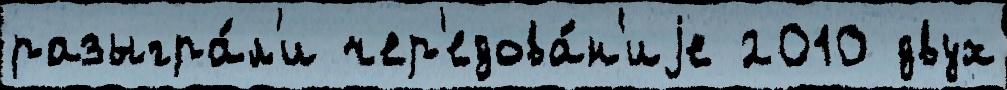
разыгра́л'и чер'едова́н'иjе 2010 двух